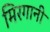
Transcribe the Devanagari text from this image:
मिरगानी